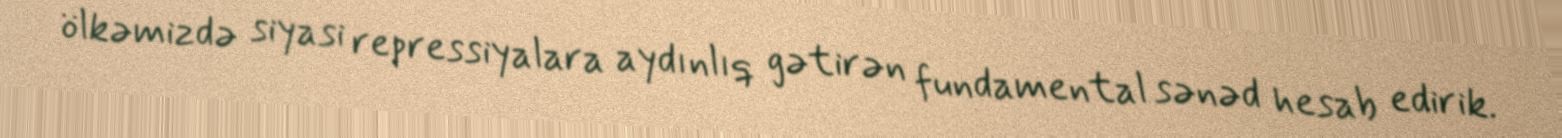
ölkəmizdə siyasi repressiyalara aydınlıq gətirən fundamental sənəd hesab edirik.